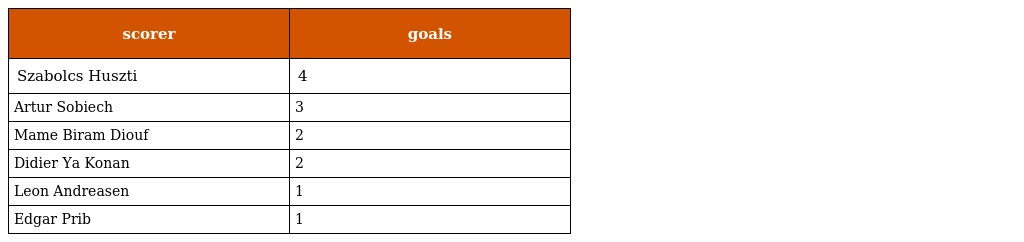
| scorer | goals |
 | --- | --- |
 | Szabolcs Huszti | 4 |
 | Artur Sobiech | 3 |
 | Mame Biram Diouf | 2 |
 | Didier Ya Konan | 2 |
 | Leon Andreasen | 1 |
 | Edgar Prib | 1 |